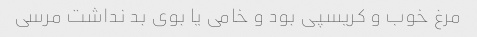
مرغ خوب و کریسپی بود و خامی یا بوی بد نداشت مرسی